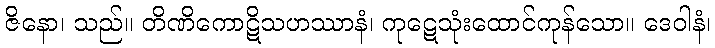
ဇိနော၊ သည်။ တိဏိကောဋိသဟဿာနံ၊ ကုဋေသုံးထောင်ကုန်သော။ ဒေဝါနံ၊